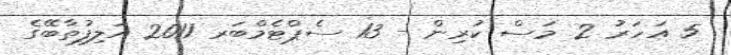
5 އަހަރު 2 މަސް ކުރިން - 13 ސެޕްޓެމްބަރ 2011 އަލިފުތާބޭގެ